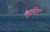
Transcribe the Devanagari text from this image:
बहुवित्त